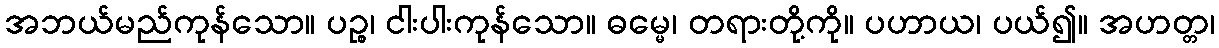
အဘယ်မည်ကုန်သော။ ပဉ္စ၊ ငါးပါးကုန်သော။ ဓမ္မေ၊ တရားတို့ကို။ ပဟာယ၊ ပယ်၍။ အဟတ္တ၊